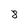
Character: 8